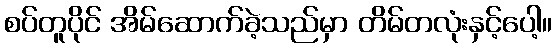
စပ်တူပိုင် အိမ်ဆောက်ခဲ့သည်မှာ တိမ်တလုံးနှင့်ပေါ့။